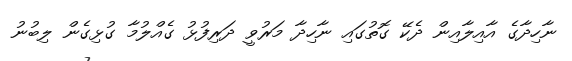
ނާހިދާގެ އާއިލާއިން ދެކޭ ގޮތުގައި ނާހިދާ މަރުވީ ދަރިފުޅު ގެއްލުމާ ގުޅިގެން ލިބުނު